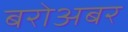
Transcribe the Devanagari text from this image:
बरोअबर